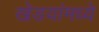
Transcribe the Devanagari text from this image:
खेडयांमध्ये